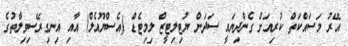
އޭރު މަސައްކަތް ކުރިއަށް ގެންދިޔައީ ސަދަން ޔުޓިލިޓީޒް ލިމިޓެޑް (އެސްޔޫއެލް) އާއި އިނގިރޭސިވިލާތުގެ